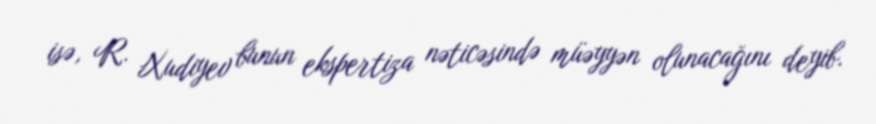
isə, R. Xudiyev bunun ekspertiza nəticəsində müəyyən olunacağını deyib.